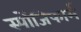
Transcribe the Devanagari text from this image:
स्पोंजिफार्म